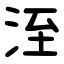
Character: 洷